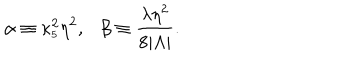
LaTeX: \alpha \equiv \kappa _ { _ 5 } ^ { 2 } \eta ^ { 2 } , \ \ \ \beta \equiv \frac { \lambda \eta ^ { 2 } } { 8 | \Lambda | } .